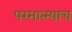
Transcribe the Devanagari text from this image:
परमात्म्याच